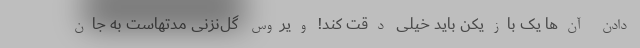
دادن آن‌ها یک بازیکن باید خیلی دقت کند! ویروس گل‌نزنی مدتهاست به جان